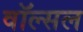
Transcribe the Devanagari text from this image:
वॉल्सल